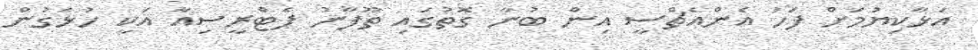
އަޅާކިޔުމަށް ފަހު އެންއެޗްސީ އިން ބުނާ ގޮތުގައި ތޫފާނު ޕެޓްރީސިއާ އަކީ ހުޅަގުން